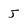
Character: j